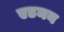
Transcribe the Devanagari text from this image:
एडमन